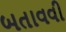
બતાવવી